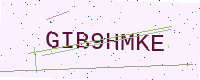
Text: GIB9HMKE